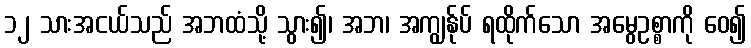
၁၂ သားအငယ်သည် အဘထံသို့ သွား၍၊ အဘ၊ အကျွန်ုပ် ရထိုက်သော အမွေဥစ္စာကို ဝေ၍